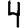
Digit: 4